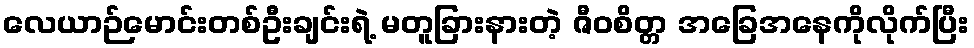
လေယာဉ်မောင်းတစ်ဦးချင်းရဲ့ မတူခြားနားတဲ့ ဇီဝစိတ္တ အခြေအနေကိုလိုက်ပြီး